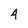
Character: 4